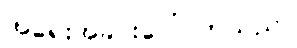
အရေးအခင်းပေါ်လာသည်။